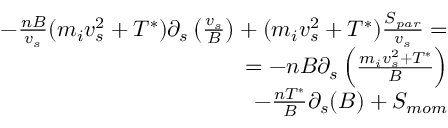
\begin{array} { r } { - \frac { n B } { v _ { s } } ( m _ { i } v _ { s } ^ { 2 } + T ^ { * } ) \partial _ { s } \left( \frac { v _ { s } } { B } \right) + ( m _ { i } v _ { s } ^ { 2 } + T ^ { * } ) \frac { S _ { p a r } } { v _ { s } } = } \\ { = - n B \partial _ { s } \left( \frac { m _ { i } v _ { s } ^ { 2 } + T ^ { * } } { B } \right) } \\ { ~ ~ ~ - \frac { n T ^ { * } } { B } \partial _ { s } ( B ) + S _ { m o m } } \end{array}